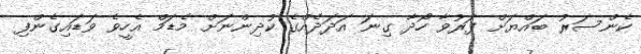
ކެންސަރު ބައްޔަށް ފަރުވާ ހޯދާ ގިނަ އަދަދެއްގެ ކުދިންނަށް މެޑަމް އެހީވެ ވަޑައިގެންފި